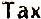
TAX